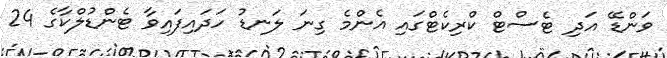
ވަންޑޭ އަދި ޓެސްޓް ކްރިކެޓްގައި އެންމެ ގިނަ ލަނޑު ހަދައިފައިވާ ޓެންޑުލްކާގެ 24